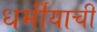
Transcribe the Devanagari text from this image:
धर्मीयाची